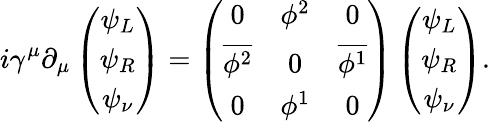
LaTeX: i\gamma^{\mu}\partial_{\mu}\left(\begin{array}{c}{{\psi_{L}}}\\ {{\psi_{R}}}\\ {{\psi_{\nu}}}\end{array}\right)=\left(\begin{array}{ccc}{{0}}&{{\phi^{2}}}&{{0}}\\ {{\overline{{{\phi^{2}}}}}}&{{0}}&{{\overline{{{\phi^{1}}}}}}\\ {{0}}&{{\phi^{1}}}&{{0}}\end{array}\right)\left(\begin{array}{c}{{\psi_{L}}}\\ {{\psi_{R}}}\\ {{\psi_{\nu}}}\end{array}\right).